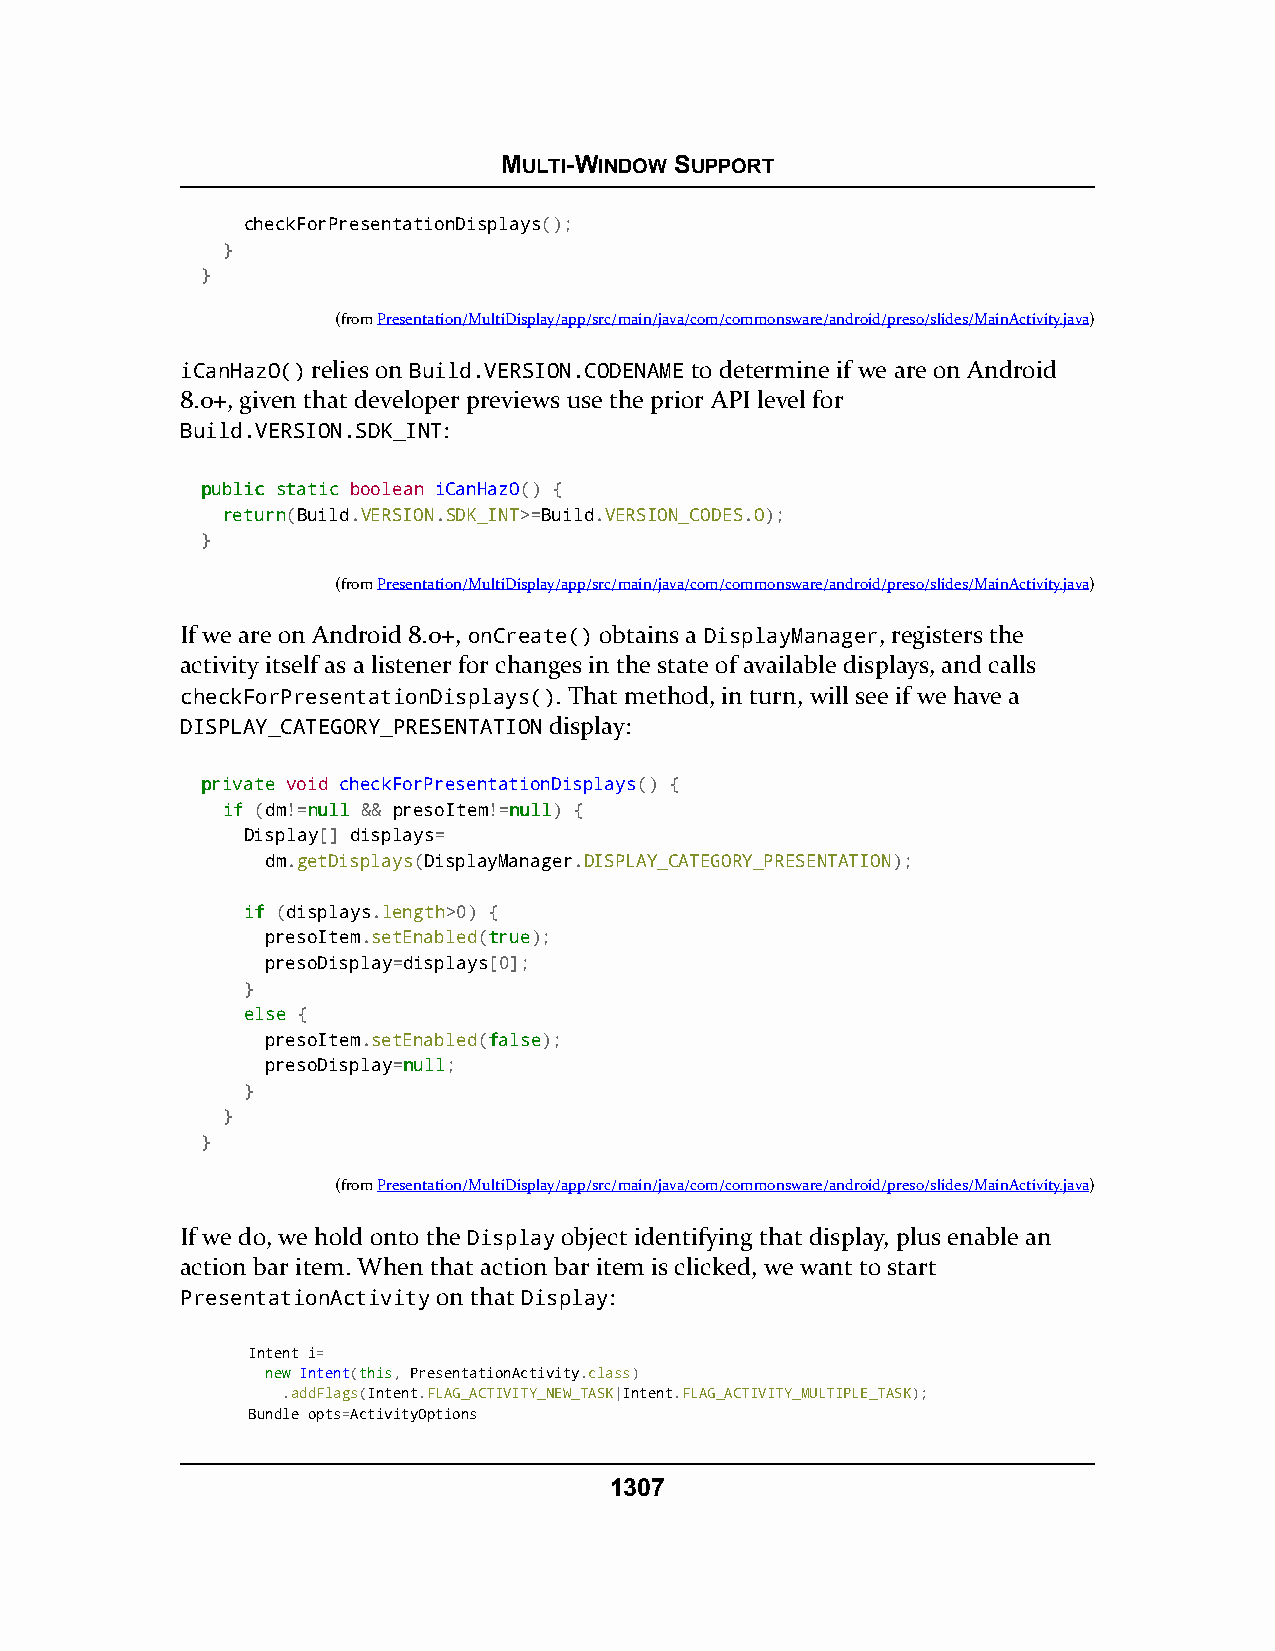
MULTI-WINDOW SUPPORT
 checkForPresentationDisplays();
 }
 }
 (fromPresentation/MultiDisplay/app/src/main/java/com/commonsware/android/preso/slides/MainActivity.java)
 iCanHazO() relies on Build.VERSION.CODENAME to determine if we are on Android
 8.0+, given that developer previews use the prior API level for
 Build.VERSION.SDK_INT:
 ppuubblliicc ssttaattiicc boolean iCanHazO() {
 rreettuurrnn(Build.VERSION.SDK_INT>=Build.VERSION_CODES.O);
 }
 (fromPresentation/MultiDisplay/app/src/main/java/com/commonsware/android/preso/slides/MainActivity.java)
 If we are on Android 8.0+, onCreate() obtains a DisplayManager, registers the
 activity itself as a listener for changes in the state of available displays, and calls
 checkForPresentationDisplays(). That method, in turn, will see if we have a
 DISPLAY_CATEGORY_PRESENTATION display:
 pprriivvaattee void checkForPresentationDisplays() {
 iiff (dm!=nnuullll && presoItem!=nnuullll) {
 Display[] displays=
 dm.getDisplays(DisplayManager.DISPLAY_CATEGORY_PRESENTATION);
 iiff (displays.length>0) {
 presoItem.setEnabled(ttrruuee);
 presoDisplay=displays[0];
 }
 eellssee {
 presoItem.setEnabled(ffaallssee);
 presoDisplay=nnuullll;
 }
 }
 }
 (fromPresentation/MultiDisplay/app/src/main/java/com/commonsware/android/preso/slides/MainActivity.java)
 If we do, we hold onto the Display object identifying that display, plus enable an
 action bar item. When that action bar item is clicked, we want to start
 PresentationActivity on that Display:
 Intent i=
 nneeww Intent(tthhiiss, PresentationActivity.class)
 .addFlags(Intent.FLAG_ACTIVITY_NEW_TASK|Intent.FLAG_ACTIVITY_MULTIPLE_TASK);
 Bundle opts=ActivityOptions
 1307